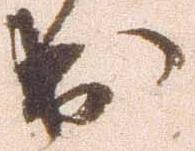
出